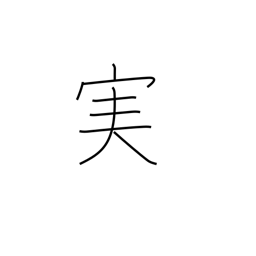
Meaning: fruit